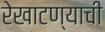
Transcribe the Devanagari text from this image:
रेखाटण्याची